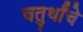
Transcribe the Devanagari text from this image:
चतुर्थांचे